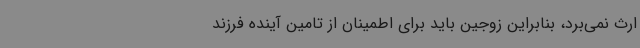
ارث نمی‌برد، بنابراین زوجین باید برای اطمینان از تامین آینده فرزند